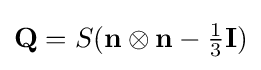
\mathbf {Q} =S(\mathbf {n} \otimes \mathbf {n} -{\tfrac {1}{3}}\mathbf {I} )